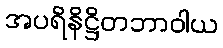
အပရိနိဋ္ဌိတဘာဝါယ